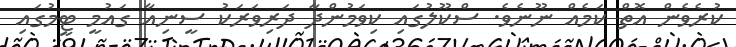
ކުރެވެން އޮތް ކަމެއް ނޫނެވެ. ސްކޫލުގައި ކިވަމުންދާ ދަރިވަރަކު ސީނިއާ ގައުމީ ޓީމުގައި